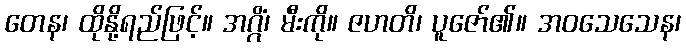
တေန၊ ထိုနို့ရည်ဖြင့်။ အဂ္ဂိံ၊ မီးကို။ ဇဟတိ၊ ပူဇော်၏။ အဝသေသေန၊